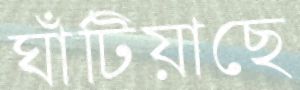
ঘাঁটিয়াছে